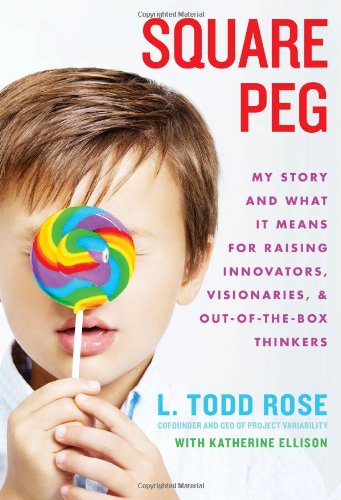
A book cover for Square Peg: My Story and What It Means for Raising Innovators, Visionaries, and Out-of-the-Box Thinkers; Todd Rose; Biographies & Memoirs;